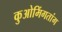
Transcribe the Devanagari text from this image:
कुओमिंगतांग